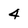
Character: 4